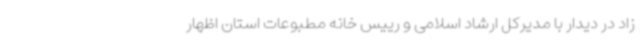
زاد در دیدار با مدیرکل ارشاد اسلامی و رییس خانه مطبوعات استان اظهار